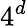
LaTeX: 4^{d}